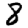
Digit: 8